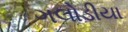
ગલોડીયા